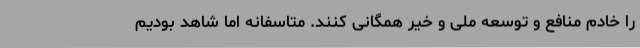
را خادم منافع و توسعهٔ ملی و خیر همگانی کنند. متاسفانه اما شاهد بودیم